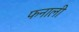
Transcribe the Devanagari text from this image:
फनाली